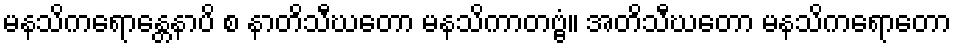
မနသိကရောန္တေနာပိ စ နာတိသီဃတော မနသိကာတဗ္ဗံ။ အတိသီဃတော မနသိကရောတော